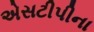
એસટીપીના